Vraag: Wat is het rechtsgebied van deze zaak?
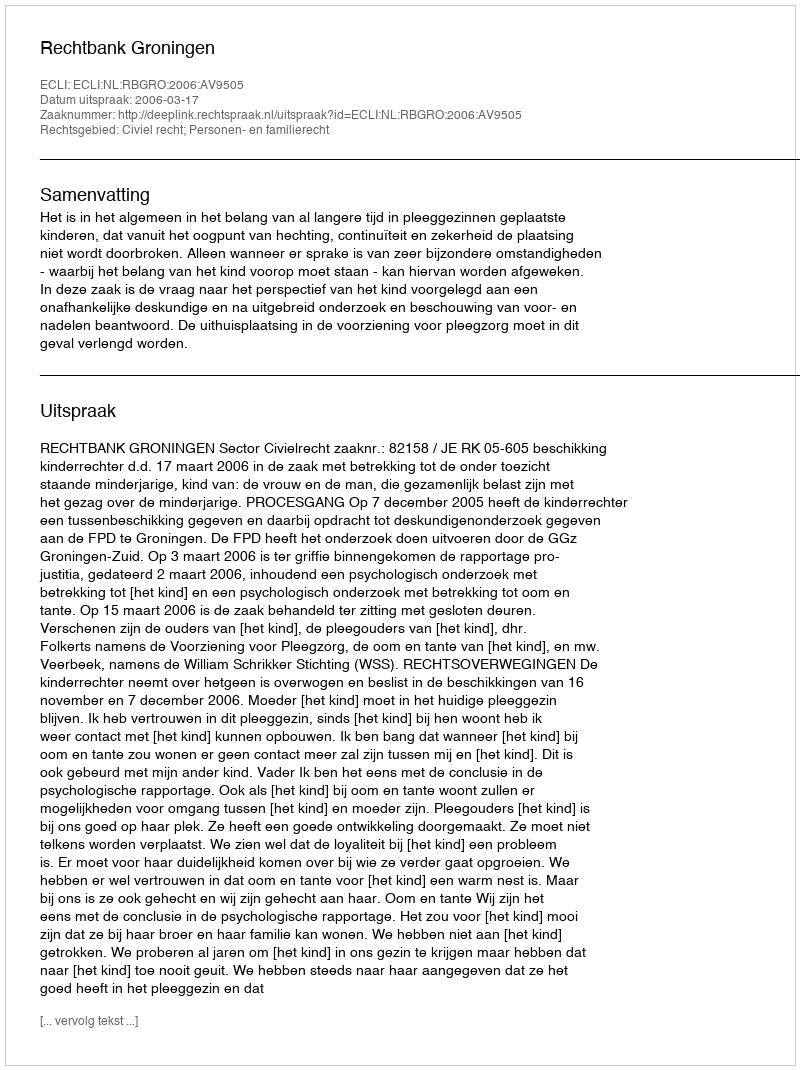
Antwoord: Civiel recht; Personen- en familierecht